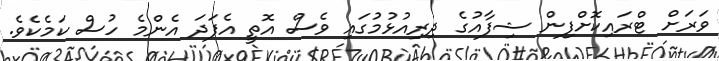
ވަރަށް ޓްރައިކޮށްފިން ޝިފާއުގެ ދިރިއުޅުމުގައި ވެސް އޮތީ އެފަދަ އެންމެ ހުސް ކަމެކެވެ.